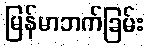
မြန်မာဘက်ခြမ်း